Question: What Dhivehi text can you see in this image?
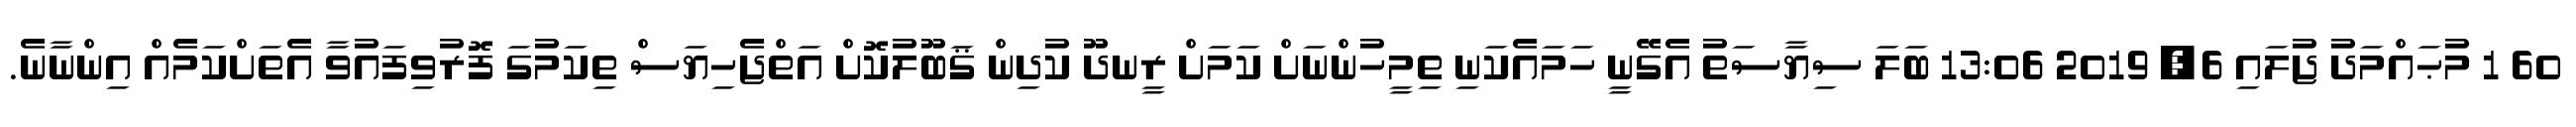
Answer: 60 1 މުޙައްމަދު ޖުލައި 6, 2019 13:06 ބަލަ ސިޔާސަތު އެގޭނީ ހަމައެކަނި ތިމީހުންނަށް ކަމަށް ރީނދޫ ކުދިން ޤަބޫލުކޮށް އަތްޖެހިޔަސް ތިކަމުގަ ފޮރުވިފައުވާ އެތަށްކަމެއް އިންނާނެ.